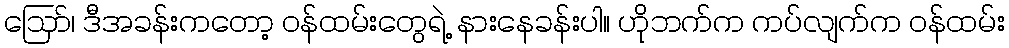
ဪ၊ ဒီအခန်းကတော့ ဝန်ထမ်းတွေရဲ့ နားနေခန်းပါ။ ဟိုဘက်က ကပ်လျက်က ဝန်ထမ်း